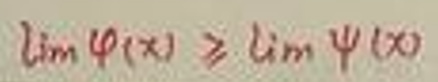
\[
\lim \varphi(x) \geq \lim \psi(x)
\]